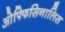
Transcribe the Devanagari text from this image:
ओफ्फिसिनालिस